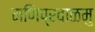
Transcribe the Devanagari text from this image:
मणिप्रवाळमु